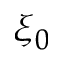
\xi _ { 0 }